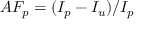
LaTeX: A F _ { p } = ( I _ { p } - I _ { u } ) / I _ { p }